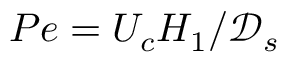
P e = U _ { c } H _ { 1 } / \mathcal { D } _ { s }